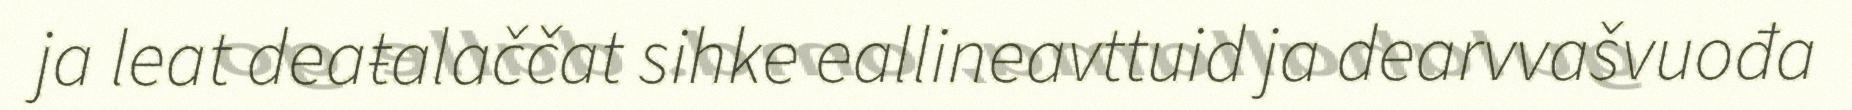
ja leat deaŧalaččat sihke eallineavttuid ja dearvvašvuođa